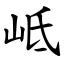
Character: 岻